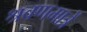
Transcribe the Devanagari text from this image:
श्रवणमात्रें